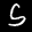
Label: 5